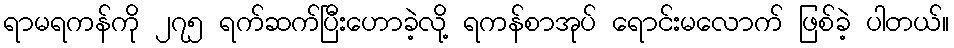
ရာမရကန်ကို ၂၇၅ ရက်ဆက်ပြီးဟောခဲ့လို့ ရကန်စာအုပ် ရောင်းမလောက် ဖြစ်ခဲ့ ပါတယ်။